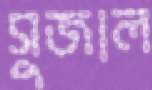
সুজাল